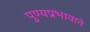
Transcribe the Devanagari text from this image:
पुण्यप्रभावाने